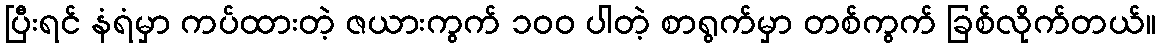
ပြီးရင် နံရံမှာ ကပ်ထားတဲ့ ဇယားကွက် ၁၀၀ ပါတဲ့ စာရွက်မှာ တစ်ကွက် ခြစ်လိုက်တယ်။